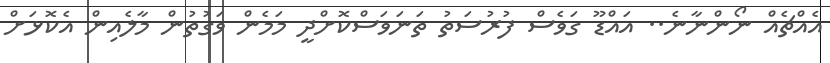
އެއްޗެއް ނޯންނާނެ.. އައްޑޫ ގަވެސް ފުރުސަތު ތަނަވަސްކޮށްދީ މަމެން ވަގުތުން މާލެއިން އެކޮޅަށް